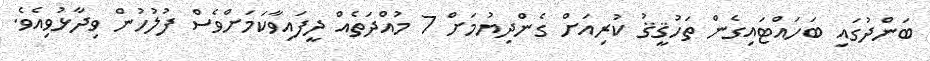
ބަންދުގައި ބަހައްޓައިގެން ތަހުޤީޤު ކުރިއަށް ގެންދިޔުމަށް 7 މުއްދަތެއް ދީފައިވާކަމަށްވެސް ފުލުހުން ވިދާޅުވިއެވެ.